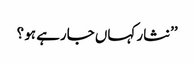
’’نثار کہاں جارہے ہو ؟